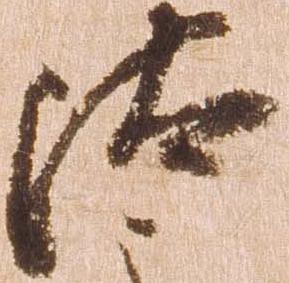
汰